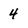
Character: 4